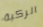
الركبة